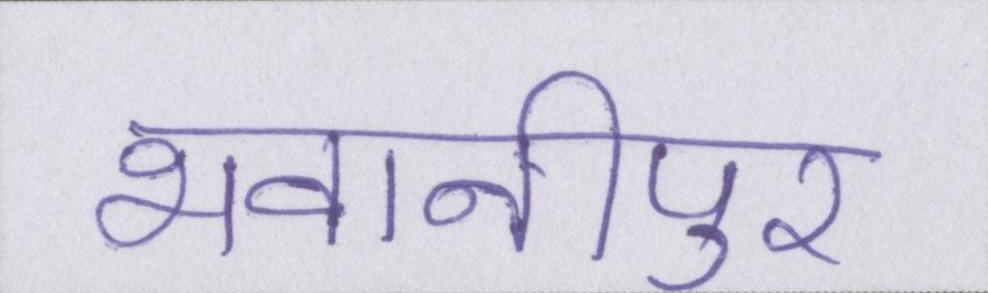
भवानीपुर